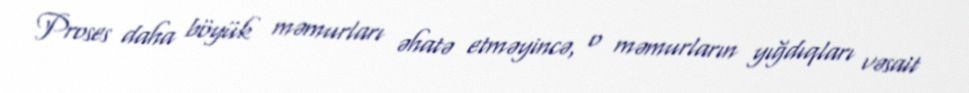
Proses daha böyük məmurları əhatə etməyincə, o məmurların yığdıqları vəsait